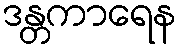
ဒန္တကာရေန